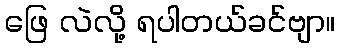
ဖြေ လဲလို့ ရပါတယ်ခင်ဗျာ။